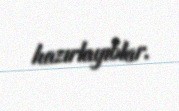
hazırlayıblar.